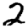
Digit: 2